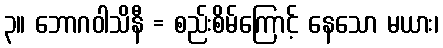
၃။ ဘောဂဝါသိနီ = စည်းစိမ်ကြောင့် နေသော မယား၊